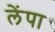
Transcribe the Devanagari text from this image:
लेंपा